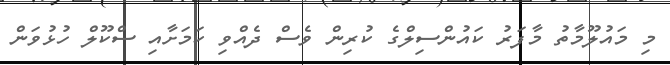
މި މައުލޫމާތު މާފަރު ކައުންސިލްގެ ކުރިން ވެސް ދެއްވި ކަމަށާއި ސްކޫލް ހުޅުވަން